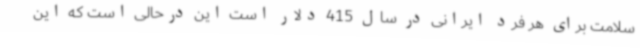
سلامت برای هر فرد ایرانی در سال 415 دلار است این درحالی است که این